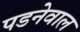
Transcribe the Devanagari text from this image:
पडनेवाल